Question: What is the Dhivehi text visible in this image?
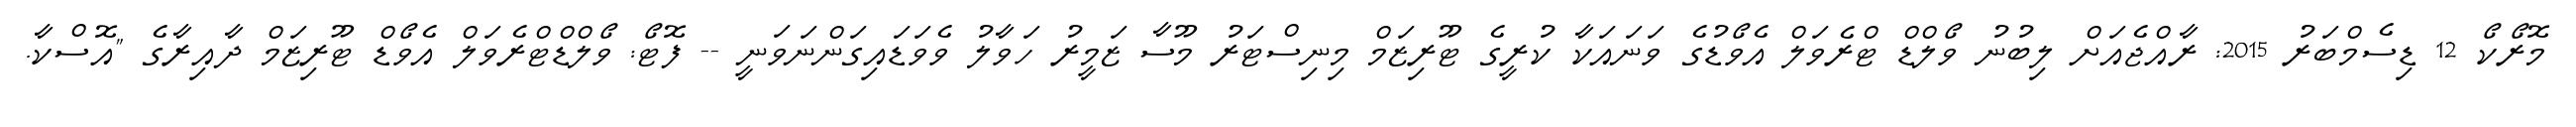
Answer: މޮރޯކޯ 12 ޑިސެމްބަރު 2015: ރާއްޖެއަށް ލިބުނު ވޯލްޑް ޓްރެވަލް އެވޯޑުގެ ވަނައަކާ ކުރީގެ ޓޫރިޒަމް މިނިސްޓަރު މޫސާ ޒަމީރު ހަވާލު ވެވަޑައިގަންނަވަނީ -- ފޮޓޯ: ވޯލްޑްޓްރެވަލް އެވޯޑް ޓޫރިޒަމް ދާއިރާގެ "އޮސްކާ.